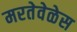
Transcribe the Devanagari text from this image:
मरतेवेळेस